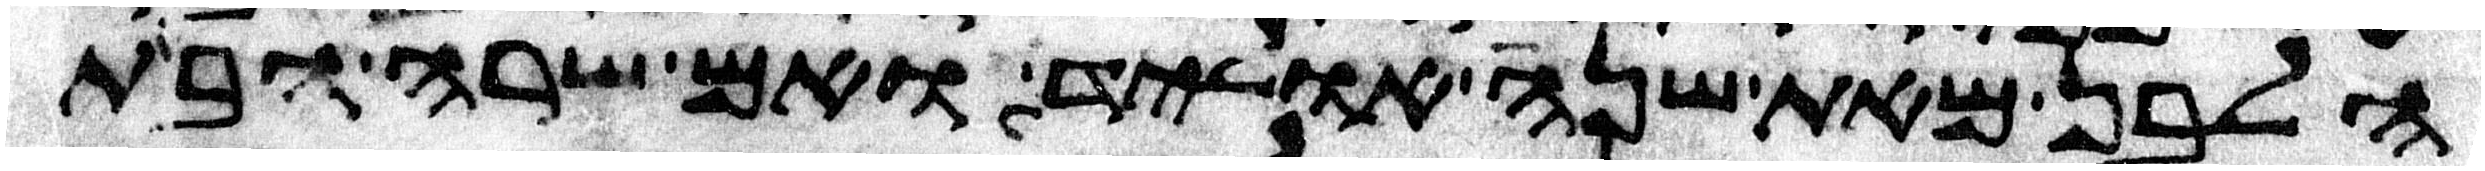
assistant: הלבן מאת שנה אוליד ואם שרה הבת